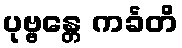
ပုဗ္ဗန္တေ ကင်္ခတိ